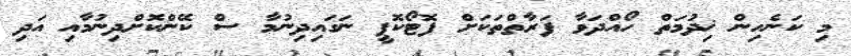
މި ކަނެހިން ޚިދުމަތް ހޯއްދަވާ ފަރާތްތަކަށް ފޮޓޯކޮޕީ ނަގައިދިނުމާ ސް ކޭންކޮށްދިނުމާއި އަދި